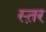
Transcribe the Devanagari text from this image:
स्त़र